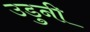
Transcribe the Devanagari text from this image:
उडुनी